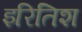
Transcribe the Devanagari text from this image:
इरितिश